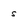
Character: s